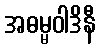
အဓမ္မဝါဒိနီ